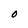
Character: O